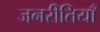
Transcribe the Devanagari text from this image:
जनरीतियाँ